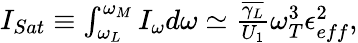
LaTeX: \begin{array}{r}{I_{Sat}\equiv\int_{\omega_{L}}^{\omega_{M}}I_{\omega}d\omega\simeq\frac{\overline{{\gamma_{L}}}}{U_{1}}\omega_{T}^{3}\epsilon_{eff}^{2},}\end{array}